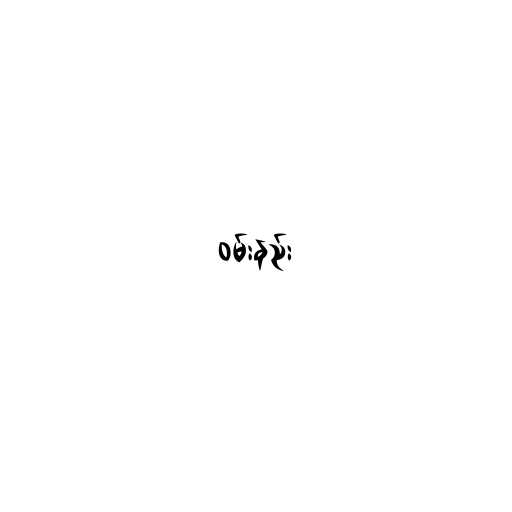
ဝမ်းနည်း